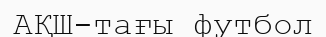
АҚШ-тағы футбол